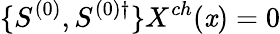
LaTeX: \{ S^{(0)},S^{(0)\dagger}\} X^{ch}(\mathit{x})=0